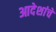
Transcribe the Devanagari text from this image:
आदेशांचे